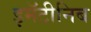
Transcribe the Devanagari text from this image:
इमॅटीनिब